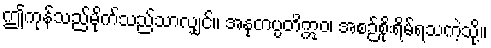
ဤကုန်သည်မိုက်သည်သာလျှင်။ အနုတပ္ပတိဣဝ၊ အစဉ်စိုးရိမ်ရသကဲ့သို့။